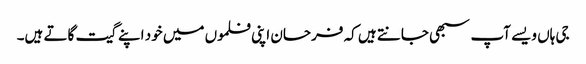
جی ہاں ویسے آپ سبھی جانتے ہیں کہ فرحان اپنی فلموں میں خود اپنے گیت گاتے ہیں۔